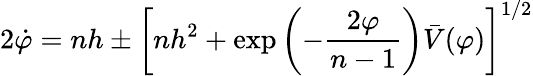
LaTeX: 2\dot{\varphi}=nh\pm\left[nh^{2}+\exp\left(-\frac{2\varphi}{n-1}\right)\bar{V}(\varphi)\right]^{1/2}